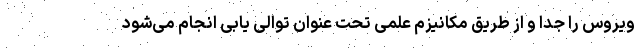
ویروس را جدا و از طریق مکانیزم علمی تحت عنوان توالی یابی انجام می‌شود